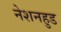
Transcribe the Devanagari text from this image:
नेशनहुड